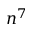
n ^ { 7 }